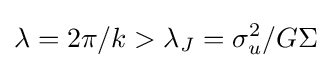
\lambda =2\pi /k>\lambda _{J}=\sigma _{u}^{2}/G\Sigma